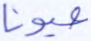
عيونا